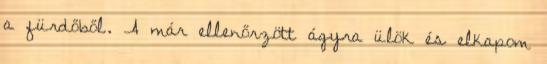
a fürdőből. A már ellenőrzött ágyra ülök és elkapom